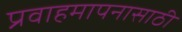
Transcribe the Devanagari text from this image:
प्रवाहमापनासाठी